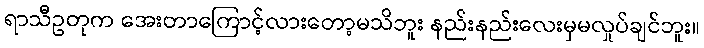
ရာသီဥတုက အေးတာကြောင့်လားတော့မသိဘူး နည်းနည်းလေးမှမလှုပ်ချင်ဘူး။